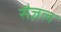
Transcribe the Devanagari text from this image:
सैज़ल